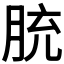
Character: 𦚳